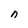
Character: n